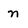
Character: n